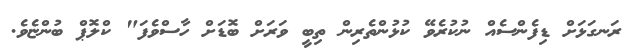
ރަނގަޅަށް ޑިފެންސެއް ނުކުރެވޭ ކުޅުންތެރިން ތިބީ ވަރަށް ބޮޑަށް ހާސްވެފަ" ކްލޮޕް ބުންޏެވެ.